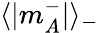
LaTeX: \langle|m_{A}^{-}|\rangle_{-}